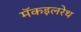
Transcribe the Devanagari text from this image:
मॅकइलरेथ